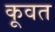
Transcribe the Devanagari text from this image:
कूवत